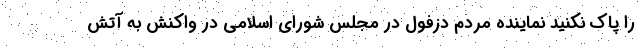
را پاک نکنید نماینده مردم دزفول در مجلس شورای اسلامی در واکنش به آتش